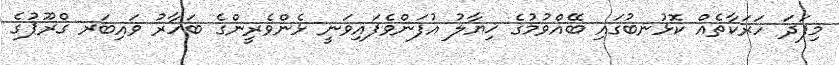
މިފަދަ ހަރަކާތެއް ކޮޅުނބުގައި ބޭއްވުމުގެ ޚިޔާލު އުފަންވެފައިވަނީ ޅެންވެރީންގެ ބަހާރު ވައިބަރ ގްރޫޕުގެ